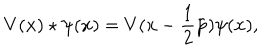
LaTeX: V ( { \bf x } ) \star \psi ( { \bf x } ) = V ( { \bf x } - \frac { 1 } { 2 } { \tilde { \bf p } } ) \psi ( { \bf x } ) ,